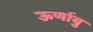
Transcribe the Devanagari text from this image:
ऊर्णायु